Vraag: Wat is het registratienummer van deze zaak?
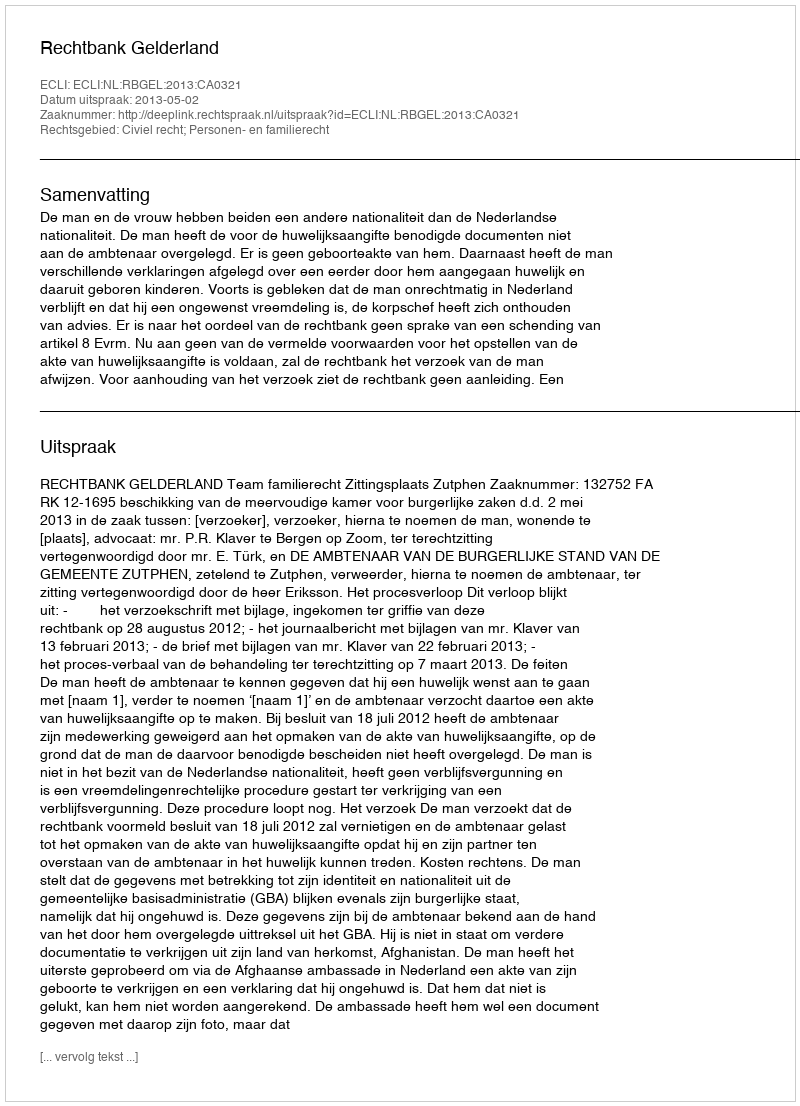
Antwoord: http://deeplink.rechtspraak.nl/uitspraak?id=ECLI:NL:RBGEL:2013:CA0321